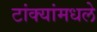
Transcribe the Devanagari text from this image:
टांक्यांमधले